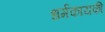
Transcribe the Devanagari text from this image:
धर्मकायकी